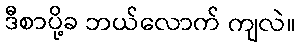
ဒီစာပို့ခ ဘယ်လောက် ကျလဲ။